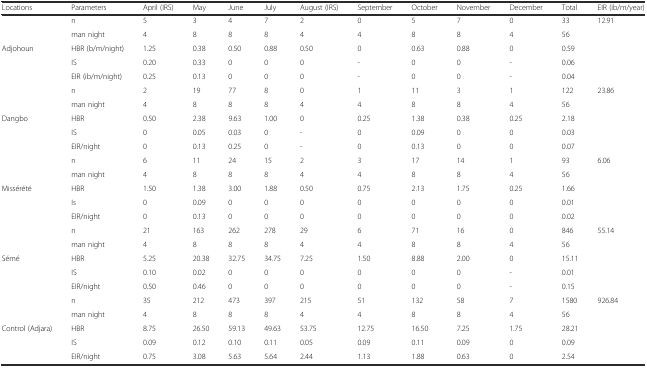
<table><thead><tr><td><b>Locations</b></td><td><b>Parameters</b></td><td><b>April (IRS)</b></td><td><b>May</b></td><td><b>June</b></td><td><b>July</b></td><td><b>August (IRS)</b></td><td><b>September</b></td><td><b>October</b></td><td><b>November</b></td><td><b>December</b></td><td><b>Total</b></td><td><b>EIR (ib/m/year)</b></td></tr></thead><tbody><tr><td></td><td>n</td><td>5</td><td>3</td><td>4</td><td>7</td><td>2</td><td>0</td><td>5</td><td>7</td><td>0</td><td>33</td><td rowspan="5">12.91</td></tr><tr><td></td><td>man night</td><td>4</td><td>8</td><td>8</td><td>8</td><td>4</td><td>4</td><td>8</td><td>8</td><td>4</td><td>56</td></tr><tr><td>Adjohoun</td><td>HBR (b/m/night)</td><td>1.25</td><td>0.38</td><td>0.50</td><td>0.88</td><td>0.50</td><td>0</td><td>0.63</td><td>0.88</td><td>0</td><td>0.59</td></tr><tr><td></td><td>IS</td><td>0.20</td><td>0.33</td><td>0</td><td>0</td><td>0</td><td>-</td><td>0</td><td>0</td><td>-</td><td>0.06</td></tr><tr><td></td><td>EIR (ib/m/night)</td><td>0.25</td><td>0.13</td><td>0</td><td>0</td><td>0</td><td>-</td><td>0</td><td>0</td><td>-</td><td>0.04</td></tr><tr><td></td><td>n</td><td>2</td><td>19</td><td>77</td><td>8</td><td>0</td><td>1</td><td>11</td><td>3</td><td>1</td><td>122</td><td rowspan="5">23.86</td></tr><tr><td></td><td>man night</td><td>4</td><td>8</td><td>8</td><td>8</td><td>4</td><td>4</td><td>8</td><td>8</td><td>4</td><td>56</td></tr><tr><td>Dangbo</td><td>HBR</td><td>0.50</td><td>2.38</td><td>9.63</td><td>1.00</td><td>0</td><td>0.25</td><td>1.38</td><td>0.38</td><td>0.25</td><td>2.18</td></tr><tr><td></td><td>IS</td><td>0</td><td>0.05</td><td>0.03</td><td>0</td><td>-</td><td>0</td><td>0.09</td><td>0</td><td>0</td><td>0.03</td></tr><tr><td></td><td>EIR/night</td><td>0</td><td>0.13</td><td>0.25</td><td>0</td><td>-</td><td>0</td><td>0.13</td><td>0</td><td>0</td><td>0.07</td></tr><tr><td></td><td>n</td><td>6</td><td>11</td><td>24</td><td>15</td><td>2</td><td>3</td><td>17</td><td>14</td><td>1</td><td>93</td><td rowspan="5">6.06</td></tr><tr><td></td><td>man night</td><td>4</td><td>8</td><td>8</td><td>8</td><td>4</td><td>4</td><td>8</td><td>8</td><td>4</td><td>56</td></tr><tr><td>Missérété</td><td>HBR</td><td>1.50</td><td>1.38</td><td>3.00</td><td>1.88</td><td>0.50</td><td>0.75</td><td>2.13</td><td>1.75</td><td>0.25</td><td>1.66</td></tr><tr><td></td><td>Is</td><td>0</td><td>0.09</td><td>0</td><td>0</td><td>0</td><td>0</td><td>0</td><td>0</td><td>0</td><td>0.01</td></tr><tr><td></td><td>EIR/night</td><td>0</td><td>0.13</td><td>0</td><td>0</td><td>0</td><td>0</td><td>0</td><td>0</td><td>0</td><td>0.02</td></tr><tr><td></td><td>n</td><td>21</td><td>163</td><td>262</td><td>278</td><td>29</td><td>6</td><td>71</td><td>16</td><td>0</td><td>846</td><td rowspan="5">55.14</td></tr><tr><td></td><td>man night</td><td>4</td><td>8</td><td>8</td><td>8</td><td>4</td><td>4</td><td>8</td><td>8</td><td>4</td><td>56</td></tr><tr><td>Sémé</td><td>HBR</td><td>5.25</td><td>20.38</td><td>32.75</td><td>34.75</td><td>7.25</td><td>1.50</td><td>8.88</td><td>2.00</td><td>0</td><td>15.11</td></tr><tr><td></td><td>IS</td><td>0.10</td><td>0.02</td><td>0</td><td>0</td><td>0</td><td>0</td><td>0</td><td>0</td><td>-</td><td>0.01</td></tr><tr><td></td><td>EIR/night</td><td>0.50</td><td>0.46</td><td>0</td><td>0</td><td>0</td><td>0</td><td>0</td><td>0</td><td>-</td><td>0.15</td></tr><tr><td></td><td>n</td><td>35</td><td>212</td><td>473</td><td>397</td><td>215</td><td>51</td><td>132</td><td>58</td><td>7</td><td>1580</td><td rowspan="5">926.84</td></tr><tr><td></td><td>man night</td><td>4</td><td>8</td><td>8</td><td>8</td><td>4</td><td>4</td><td>8</td><td>8</td><td>4</td><td>56</td></tr><tr><td>Control (Adjara)</td><td>HBR</td><td>8.75</td><td>26.50</td><td>59.13</td><td>49.63</td><td>53.75</td><td>12.75</td><td>16.50</td><td>7.25</td><td>1.75</td><td>28.21</td></tr><tr><td></td><td>IS</td><td>0.09</td><td>0.12</td><td>0.10</td><td>0.11</td><td>0.05</td><td>0.09</td><td>0.11</td><td>0.09</td><td>0</td><td>0.09</td></tr><tr><td></td><td>EIR/night</td><td>0.75</td><td>3.08</td><td>5.63</td><td>5.64</td><td>2.44</td><td>1.13</td><td>1.88</td><td>0.63</td><td>0</td><td>2.54</td></tr></tbody></table>